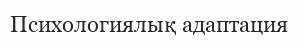
Психологиялық адаптация